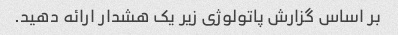
بر اساس گزارش پاتولوژی زیر یک هشدار ارائه دهید.